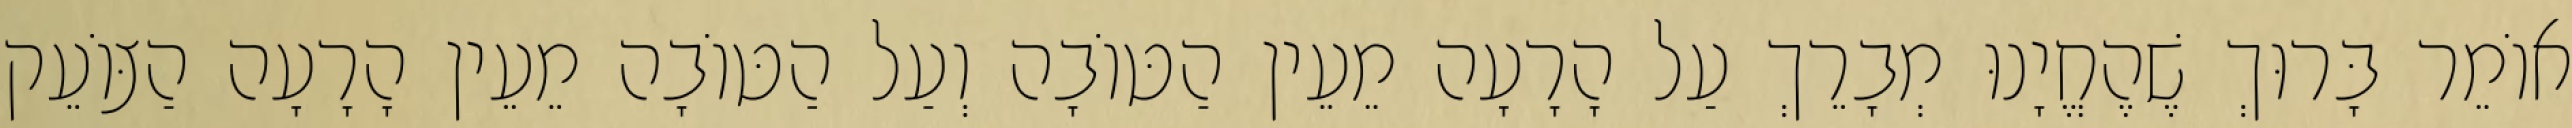
אוֹמֵר בָּרוּךְ שֶׁהֶחֱיָנוּ מְבָרֵךְ עַל הָרָעָה מֵעֵין הַטּוֹבָה וְעַל הַטּוֹבָה מֵעֵין הָרָעָה הַצּוֹעֵק